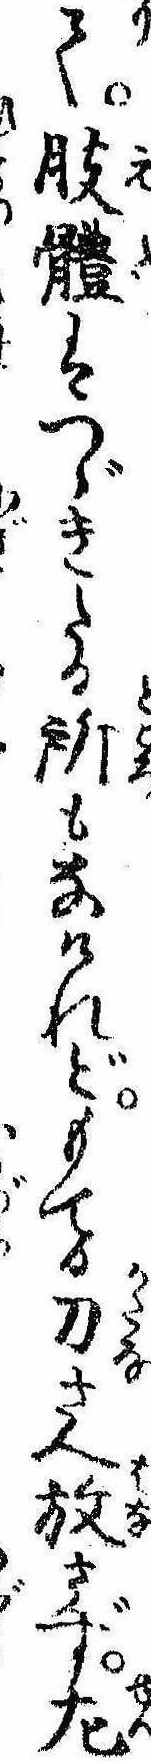
て肢体はつゞきたる所もなけれどもてる刀さへ放さず㔫